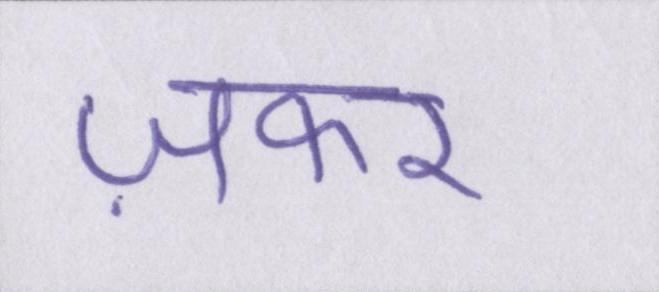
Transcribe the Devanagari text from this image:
ज़फर